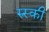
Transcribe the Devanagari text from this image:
रुस्की